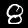
Label: 8